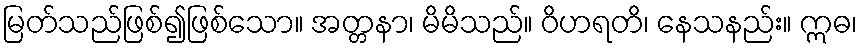
မြတ်သည်ဖြစ်၍ဖြစ်သော။ အတ္တနာ၊ မိမိသည်။ ဝိဟရတိ၊ နေသနည်း။ ဣဓ၊